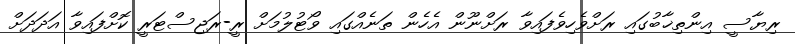
ރިޔާސީ އިންތިޚާބުގައި ރަށްވެހިވެފައިވާ ރަށްނޫން އެހެން ތަނެއްގައި ވޯޓުލުމަށް ރީ-ރަޖިސްޓަރީ ކޮށްފައިވާ އަދަދަށް